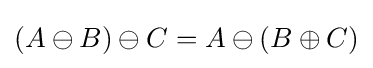
(A\ominus B)\ominus C=A\ominus (B\oplus C)